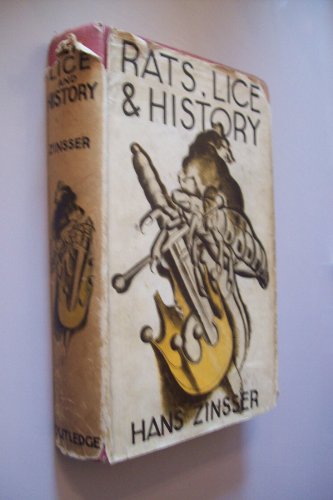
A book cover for Rats, Lice and History; Being a Study in Biography, Which, After Twelve Preliminary Chapters Indispensable for the Preparation of the Lay Reader; hans zinsser; Health, Fitness & Dieting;